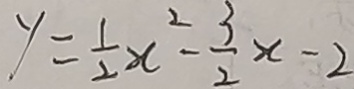
y = \frac { 1 } { 2 } x ^ { 2 } - \frac { 3 } { 2 } x - 2